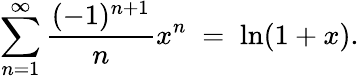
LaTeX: \sum_{n=1}^{\infty}{\frac{(-1)^{n+1}}{n}}x^{n}\; =\; \ln(1+x).